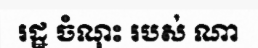
រដ្ឋ ចំណុះ របស់ ណា